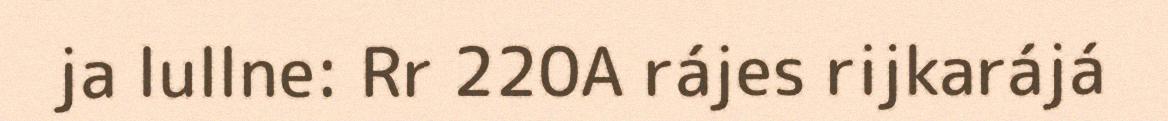
ja lullne: Rr 220A rájes rijkarájá